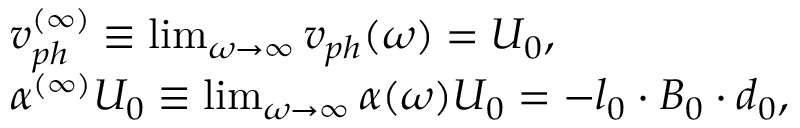
\begin{array} { r l } & { v _ { p h } ^ { ( \infty ) } \equiv \operatorname* { l i m } _ { \omega \rightarrow \infty } v _ { p h } ( \omega ) = U _ { 0 } , } \\ & { \alpha ^ { ( \infty ) } U _ { 0 } \equiv \operatorname* { l i m } _ { \omega \rightarrow \infty } \alpha ( \omega ) U _ { 0 } = - \boldsymbol { l } _ { 0 } \cdot \boldsymbol { B } _ { 0 } \cdot \boldsymbol { d } _ { 0 } , } \end{array}